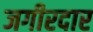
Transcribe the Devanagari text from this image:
जगीरदार